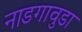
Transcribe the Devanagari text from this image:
नाडगावुडा